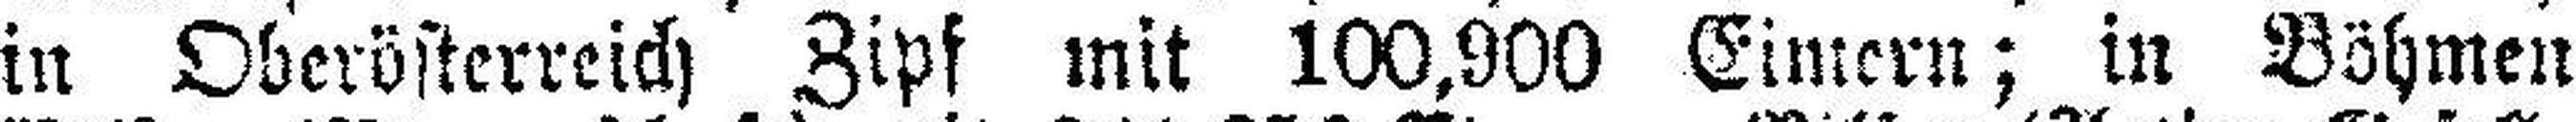
in Oberösterreich Zipf mit 100,900 Eimern; in Böhmen